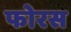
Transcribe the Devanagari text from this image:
फोरस